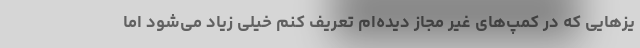
یزهایی که در کمپ‌های غیر مجاز دیده‌ام تعریف کنم خیلی زیاد می‌شود اما